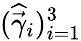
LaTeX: (\widehat{\vec{\gamma}}_{i})_{i=1}^{3}